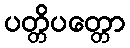
ပတ္တိပတ္တော